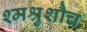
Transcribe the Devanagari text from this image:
श्मश्रुशौच